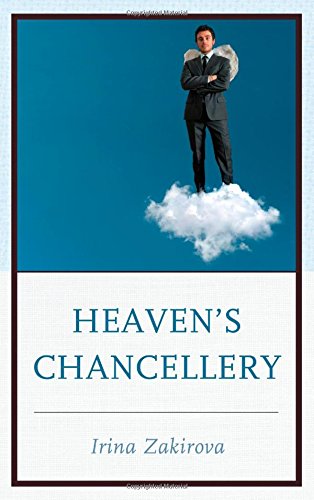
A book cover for Heaven's Chancellery; Irina Zakirova; Law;